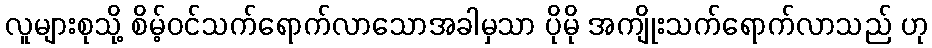
လူများစုသို့ စိမ့်ဝင်သက်ရောက်လာသောအခါမှသာ ပိုမို အကျိုးသက်ရောက်လာသည် ဟု